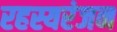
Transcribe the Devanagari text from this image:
रहस्यरंजन